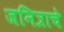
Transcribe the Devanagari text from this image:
जनित्राचे